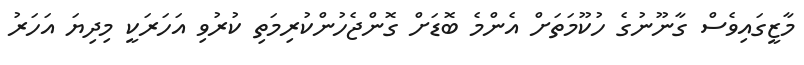
މާޒީގައިވެސް ގާނޫނުގެ ހުކޫމަތަށް އެންމެ ބޮޑަށް ގޮންޖެހުންކުރިމަތި ކުރުވި އަހަރަކީ މިދިޔަ އަހަރު